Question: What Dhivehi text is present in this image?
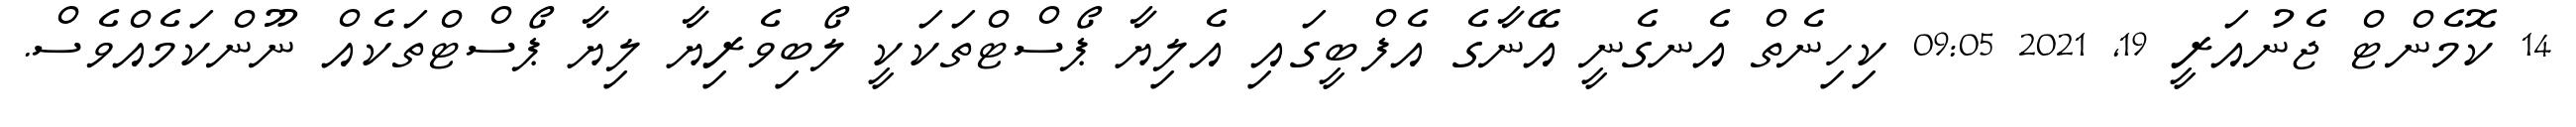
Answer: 14 ކޮމެންޓް ޖެނުއަރީ 19, 2021 09:05 ކިހިނެތް އެނގެނީ އޭނާގެ އެފްބީގައި އެލިޔާ ޕޯސްޓްތަކަކީ ލޯބިވެރިޔާ ލިޔާ ޕޯސްޓްތަކެއް ނޫންކަމެއްވެސް.